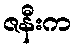
ဇနီးက